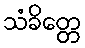
သံခိတ္တေ